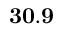
\mathbf { 3 0 . 9 }